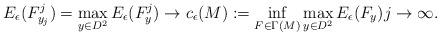
LaTeX: \begin{align*}E_{\epsilon}(F^j_{y_j})=\max_{y\in D^2}E_{\epsilon}(F^j_y)\to c_{\epsilon}(M):=\inf_{F\in \Gamma(M)}\max_{y\in D^2}E_{\epsilon}(F_y)j\to\infty.\end{align*}